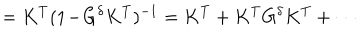
= K ^ { T } ( 1 \! - \! G ^ { \delta } K ^ { T } ) ^ { - 1 } = K ^ { T } + K ^ { T } G ^ { \delta } K ^ { T } + \cdots